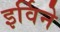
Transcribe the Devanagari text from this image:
इर्विने